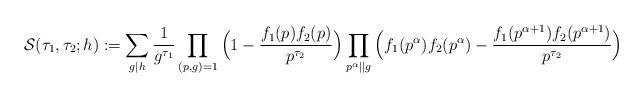
LaTeX: \begin{align*} \mathcal{S}(\tau_1,\tau_2;h) := \sum_{g \mid h} \frac{1}{g^{\tau_1}} \prod_{(p,g)=1} \Big ( 1 - \frac{f_1(p) f_2(p)}{p^{\tau_2}} \Big ) \prod_{p^{\alpha} \mid \mid g} \Big( f_1(p^{\alpha})f_2(p^{\alpha}) - \frac{f_1(p^{\alpha+1})f_2(p^{\alpha+1}) }{ p^{\tau_2}}\Big) \end{align*}